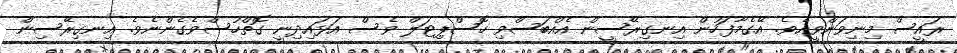
ރައީސް މިނިވަންވީއެވެ. އޭގެމާފަހުން އިނގިރޭސީން އެއްބަސްވި ހޮސްޕިޓަލް ވެސް އަޅައިދިނީ ގޮތްހުސްވެގެންނެވެ. އިނގިރޭސިން